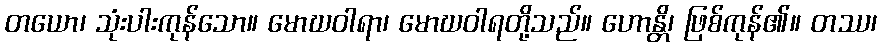
တယော၊ သုံးပါးကုန်သော။ မောဃဝါရာ၊ မောဃဝါရတို့သည်။ ဟောန္တိ၊ ဖြစ်ကုန်၏။ တဿ၊